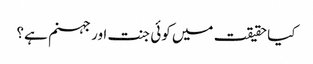
کیا حقیقت میں کوئی جنت اور جہنم ہے؟